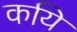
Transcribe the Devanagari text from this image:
कयि